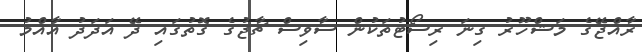
ރާއްޖޭގެ މަޝްހޫރު ގިނަ ރިސޯޓުތަކުން ސާވިސް ޗާޖުގެ ގޮތުގައި ދޭ އަދަދު އާއްމު